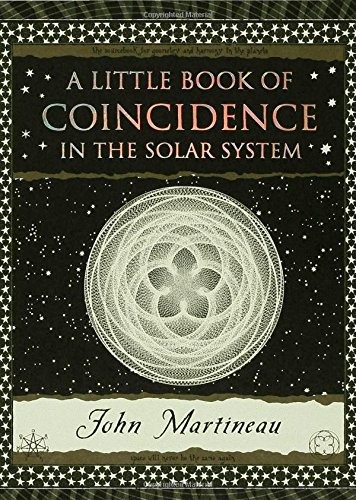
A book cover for A Little Book of Coincidence (Wooden Books); John Martineau; Science & Math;